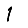
Digit: 1